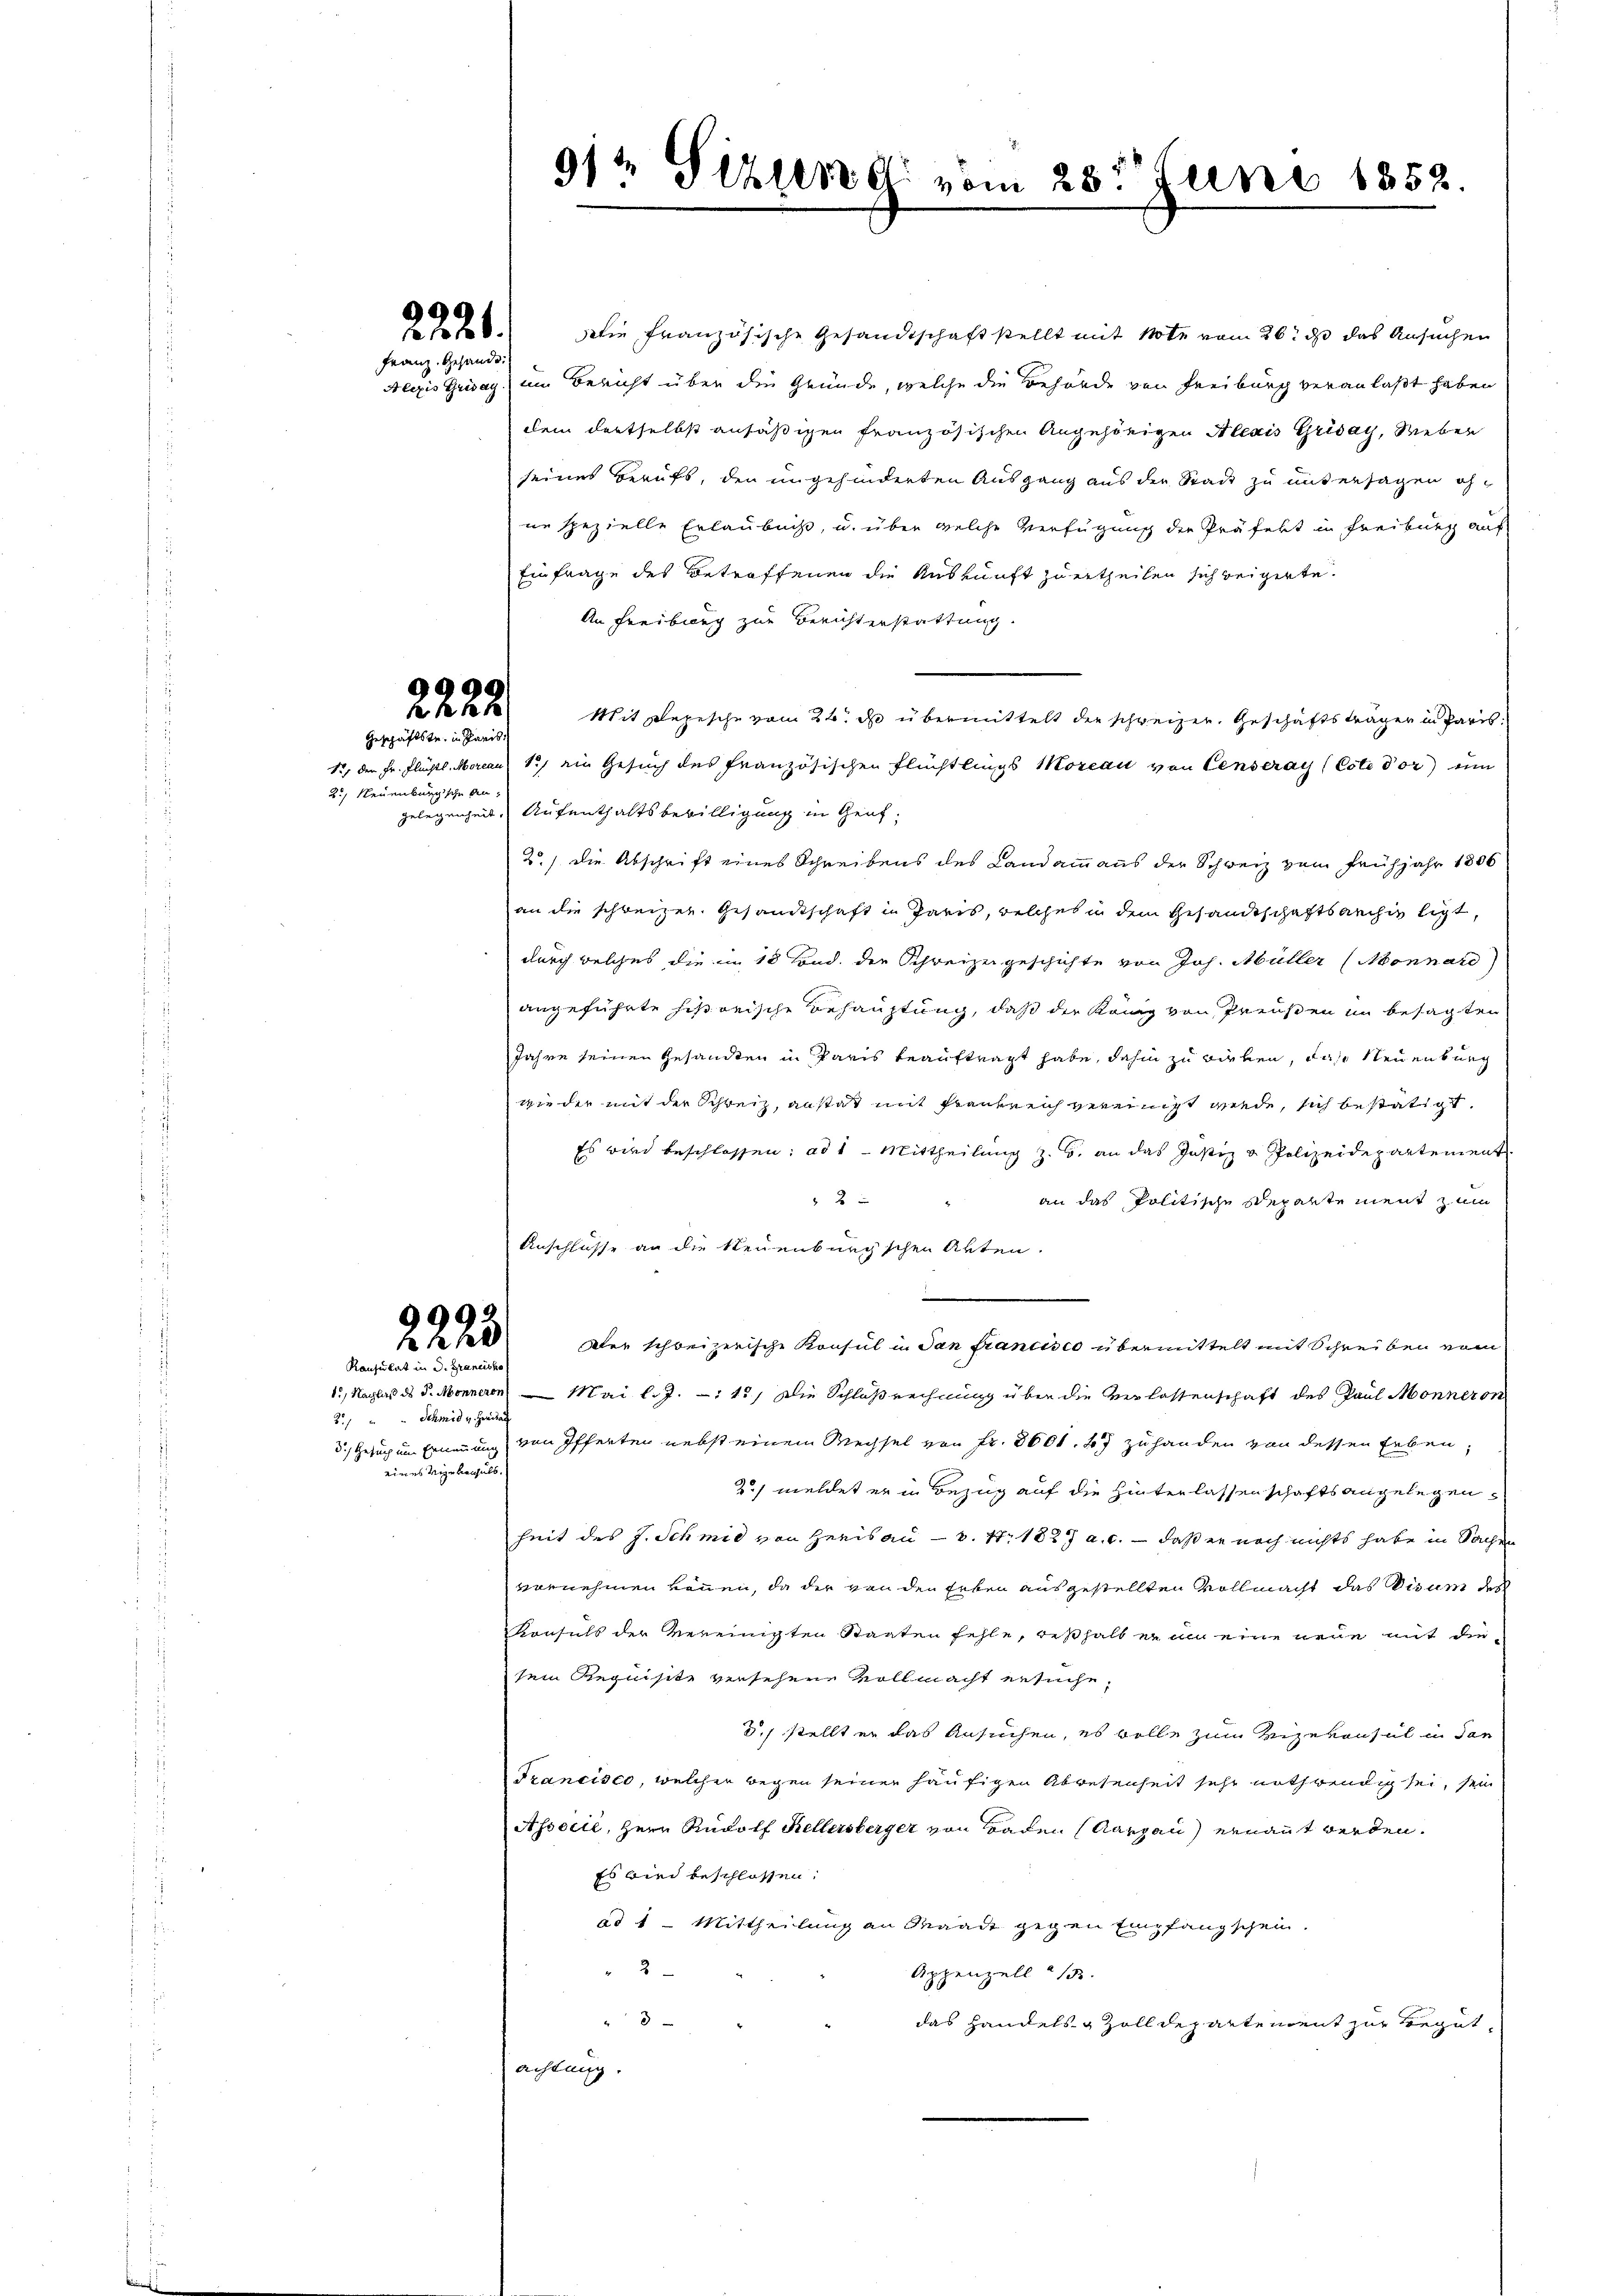
91t Gizung vom 25t Juni 1852.

Die französische Gesandtschaft stellt mit Note vom 26. ds das Ansuchen
Alezis Grisay) im Bericht über die Gründe, welche die Behörde von Freiburg veranlaßt haben
dem dortselbst ansäßigen französischen Angehörigen Alexis Grisay, Weber
seines Berufs, den ungehinderten Ausgang aus der Stadt zu untersagen ohne spezielle Erlaubniß, u. über welche Verfügung der Präfekt in Freiburg auf
Einfrage des Betroffenen die Auskunft zu ertheilen sich beigerte.
An Freiburg zur Berichterstattung.
Mit Depesche vom 24. d übermittelt der schweizer. Geschäftsträger in Paris
So, der Hr. Flüchtl. Moreau 127 ein Gesuch des französischen Flüchtlings Moreau von Censeray (Este der um
gelegenheit. Aufenthaltsbewilligung in Genf,
2) die Abschrift eines Schreibens des Landammanns der Schweiz vom Frühjahr 1806
an die schweizer Gesandtschaft in Paris, welches in dem Gesandtschaftsrechig ligt,
durch welches die im 18 Fond. der Schweizer geschichte von Joh. Müller (Monnard)
angeführte historische Behauptung, daß der König von Preußen im besagten
Jahre seinen Gesandten in Paris beauftragt habe, dahin zu wirken, daß Neuenburg
wieder mit der Schweiz, anstat mit Frankreich vereinigt werde, sich bestätigt.
Es wird beschlossen; ad 1. Mittheilung z. B. an das Justiz & Polizeidepartement
2 x
an das Politische Departement zum
Anschlüsse an die Neuenburgschen Akten.
ed. Der schreizerische Konsul in dan francisco übermittelt mit Schreiben vom
1., Nachlaß des J. Monneren — Mai l. J. - 11) Die Schlußrechnung über die Verlassenschaft des Paul Monneron
3.) Gesuch im Ernennung von Efferten nebst einem Wechsel von Fr. 8601. 47 zuhanden von dessen Erben,
22) meldet er in Bezug auf die Hinterlassenschaftsangelegen.
heit des J. Schmid von Heris au - 3. S. 1827 a. c. – daß er noch nichts habe in Sachen
vornehmen können, da der von den Erken ausgestellten Vollmacht das Visum des
Konsuls der Vereinigten Staaten fehle, deßhalb er um eine neue mit die-
sein Requisite versehene Vollmacht ersuche,
3. stellt er das Ansuchen, es wolle zum Vizekonsul in dan
Francisco, welcher wegen seiner häufigen Abwesenheit sehr nothwendig sei, sein
Associé, Herr Rudolf Kellersberger von Baden (Aargau) ernannt werden.
Es wird beschlossen:
ad 1. Mittheilung an Waadt gegen Empfangschen.
2
Appenzell 155.
8
das Handels- & Zolldepartement zur Begutachtung.

9
a
10.
Franz. Gehände:

2222
Geschäftstr. in Paris

25, Neuenburgische an

93
Konsulat in d. Granciska

20, Schmid v. Freita
eines Vizekonsuls.